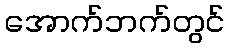
အောက်ဘက်တွင်